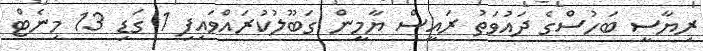
ރިޔާސީ ބަހުސްގެ ދައުވަތު ރައީސް ޔާމީން ގަބޫލުކުރައްވައިފި 1 ގަޑި 13 މިނެޓް